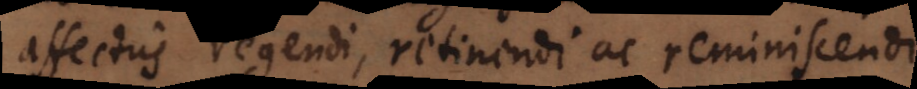
affectus regendi, retinendi ac reminiscendi,